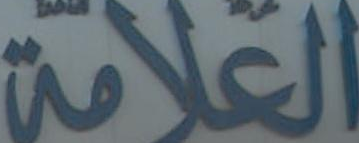
العلامة